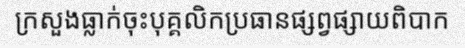
ក្រសួងធ្លាក់ចុះបុគ្គលិកប្រធានផ្សព្វផ្សាយពិបាក